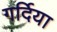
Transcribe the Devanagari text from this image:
गर्दिया